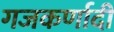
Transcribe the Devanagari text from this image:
गजकर्णादी